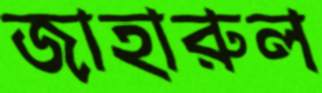
জাহারুল